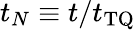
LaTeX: t_{N}\equiv t/t_{\mathrm{TQ}}